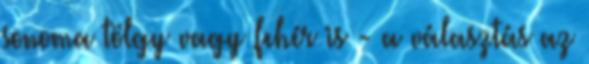
sonoma tölgy vagy fehér is - a választás az